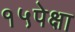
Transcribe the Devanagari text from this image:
१५पेक्षा